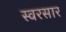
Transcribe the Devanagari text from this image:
स्वरसार